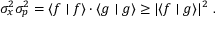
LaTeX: \sigma _ { x } ^ { 2 } \sigma _ { p } ^ { 2 } = \langle f \mid f \rangle \cdot \langle g \mid g \rangle \geq | \langle f \mid g \rangle | ^ { 2 } ~ .